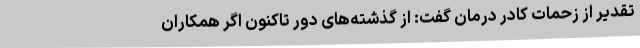
تقدیر از زحمات کادر درمان گفت: از گذشته‌های دور تاکنون اگر همکاران